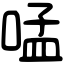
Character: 𠵼